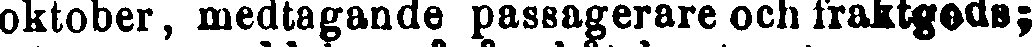
oktober, medtagande passagerare och fraktgods;